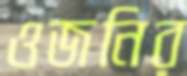
ওজনির